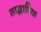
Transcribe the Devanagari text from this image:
साद्भाविक